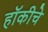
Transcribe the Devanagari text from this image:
हाॅकीचे